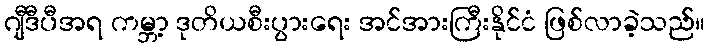
ဂျီဒီပီအရ ကမ္ဘာ့ ဒုတိယစီးပွားရေး အင်အားကြီးနိုင်ငံ ဖြစ်လာခဲ့သည်။